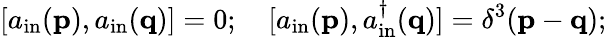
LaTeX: [a_{\mathrm{in}}(\mathbf{p}),a_{\mathrm{in}}(\mathbf{q})]=0;\quad[a_{\mathrm{in}}(\mathbf{p}),a_{\mathrm{in}}^{\dagger}(\mathbf{q})]=\delta^{3}(\mathbf{p}-\mathbf{q});